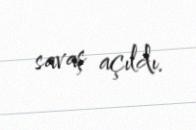
savaş açıldı.